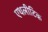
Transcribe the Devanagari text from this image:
एथलीटिक